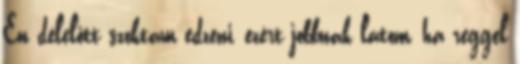
Én délelőtt szoktam edzeni, ezért jobbnak látom, ha reggel